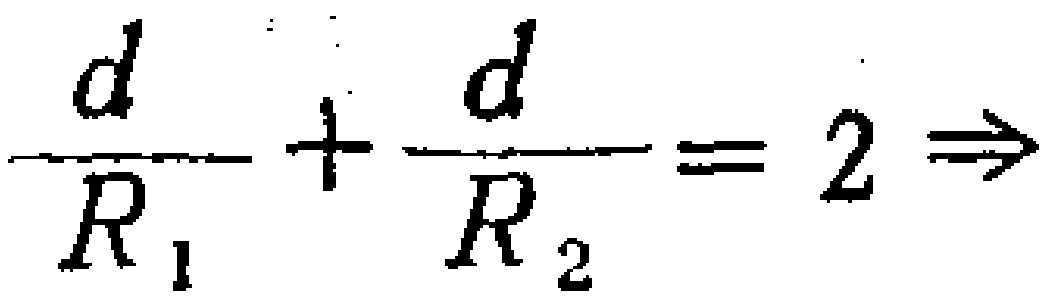
$\frac{d}{R_{1}}+\frac{d}{R_{2}} = 2\Rightarrow$